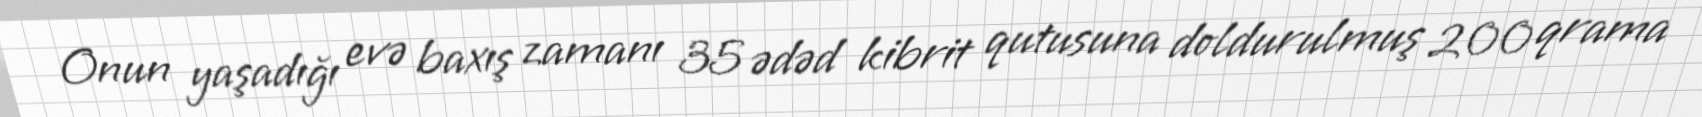
Onun yaşadığı evə baxış zamanı 35 ədəd kibrit qutusuna doldurulmuş 200 qrama